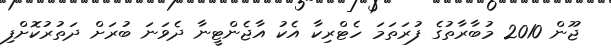
ޖޫން 2010 މުބާރާތުގެ ފުރަތަމަ ހެޓްރިކާ އެކު އާޖެންޓީނާ ދެވަނަ ބުރަށް ދަތުރުކޮށްފި